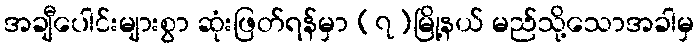
အချီပေါင်းများစွာ ဆုံးဖြတ်ရန်မှာ (၇)မြို့နယ် မည်သို့သောအခါမှ